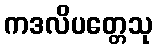
ကဒလိပတ္တေသု